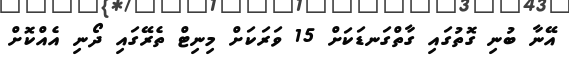
އޭނާ ބުނި ގޮތުގައި ގާތްގަނޑަކަށް 15 ވަރަކަށް މިނިޓް ތެރޭގައި ދޯނި އެއްކޮށް